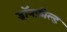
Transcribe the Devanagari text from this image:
ड्रॉनफ़ील्ड